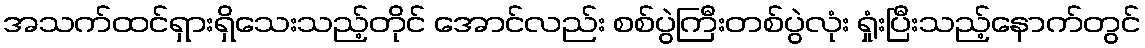
အသက်ထင်ရှားရှိသေးသည့်တိုင် အောင်လည်း စစ်ပွဲကြီးတစ်ပွဲလုံး ရှုံးပြီးသည့်နောက်တွင်